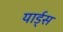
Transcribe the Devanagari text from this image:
यार्ड्‌स